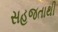
સહજતાથી